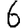
Digit: 6